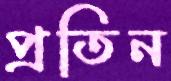
প্রতিন